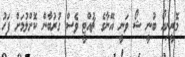
މޮރީނިއޯ ބުނީ ޝޯ ވަނީ އޭނާގެ ޗުއްޓީ ވެސް ގުރުބާން ކޮށްލުމަށް ފަހު